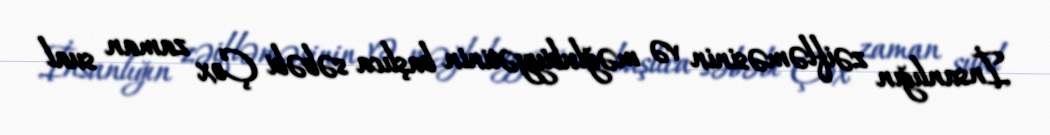
İnsanlığın zəifləməsinin və məğlubiyyətinin başlıca səbəbi Çox zaman sual